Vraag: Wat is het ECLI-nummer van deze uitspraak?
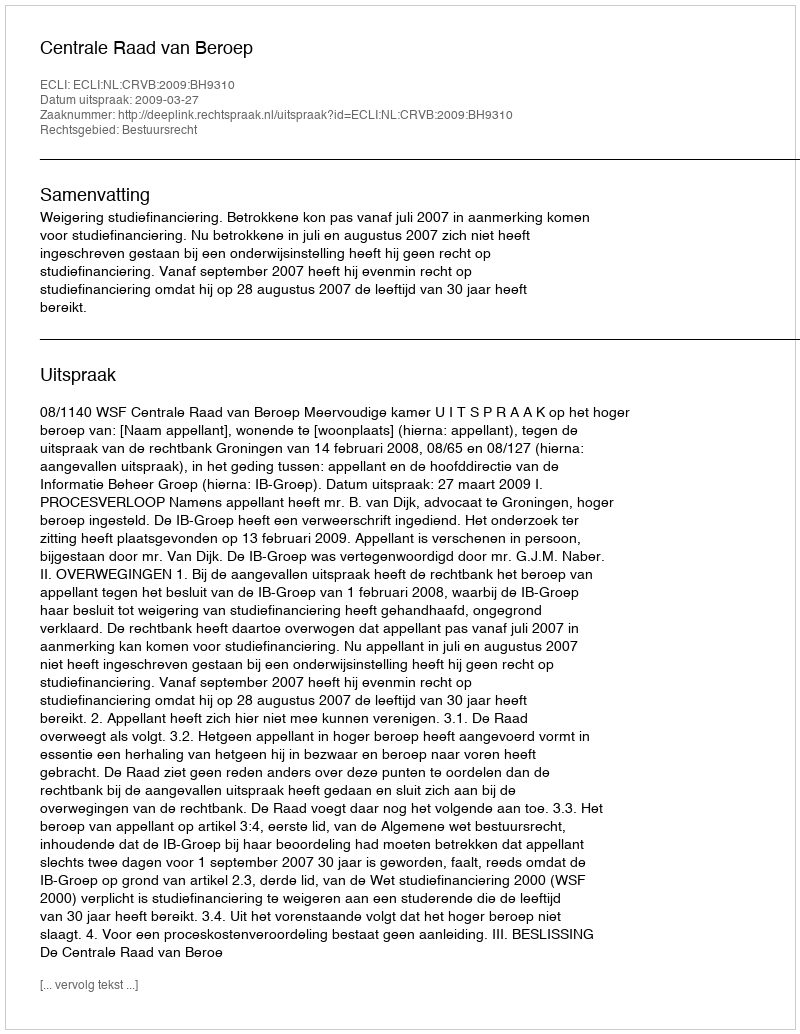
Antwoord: ECLI:NL:CRVB:2009:BH9310